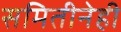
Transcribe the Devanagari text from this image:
समितीनेही